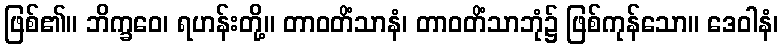
ဖြစ်၏။ ဘိက္ခဝေ၊ ရဟန်းတို့။ တာဝတိံသာနံ၊ တာဝတိံသာဘုံ၌ ဖြစ်ကုန်သော။ ဒေဝါနံ၊